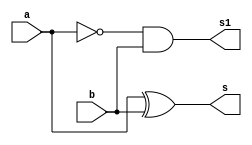
//-- ------------------------------------------------------
//-- Guia 05 Ex02 - Soma completa de dois valores binario
//-- Nome: Alvaro Henrique de Araujo Rungue
//-- Matricula: 395487
//-- ------------------------------------------------------

//----- Module Meia Diferena---

module meiadiferenca (s, s1, a, b);
output s, s1;
input a, b;
xor XOR1(s, a, b);
not NOT1(s2, a);
and AND1(s1, s2, b);

endmodule //-- meiadiferenca

module diferencacompleta (s, s1, a, b, vemum);
output s, s1;
input a, b, vemum;
wire s2, s3, s4;

meiadiferenca M1(s2, s3, a, b);
meiadiferenca M2(s, s4, s2, vemum);
or OR1(s1, s3, s4);

endmodule //-- diferencacompleta

//----- Module Teste ---

module testediferenca2binarios;
reg [2:0]A;
reg [2:0]B;
wire [3:0]S;
wire [1:0]W;

meiadiferenca M1(S[0], W[0], A[0], B[0]);
diferencacompleta S1(S[1], W[1], A[1], B[1], W[0]);
diferencacompleta S2(S[2], S[3], A[2], B[2], W[1]); 

//-- parte principal
   initial begin
	   $display("Guia 05 EX02 - Soma completa de dois valores binarios");
		$display("Nome: Alvaro Henrique de Araujo Rungue - 395487");
      $display("\n a - b = s \n");
		A = 0;
		B = 0;
  		while(A != 7)
		  begin
		    A = (B == 0)? A : A + 1;
			 B = 0;
  #1      $display("%b - %b = %b", A, B, S);
			 while(B != 7)
			   begin
				  B = B + 1;
  #1              $display("%b - %b = %b", A, B, S);
		      end
		  end
  end

endmodule //-- testediferenca2binarios